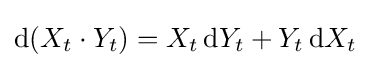
\mathrm {d} (X_{t}\cdot Y_{t})=X_{t}\,\mathrm {d} Y_{t}+Y_{t}\,\mathrm {d} X_{t}